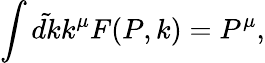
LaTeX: \int\tilde{dk}k^{\mu}F(P,k)=P^{\mu},